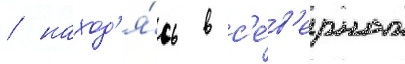
/ наход'я́сь в с'е́в'ерном